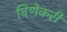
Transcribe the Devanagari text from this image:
विणेकरी